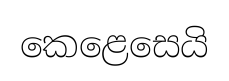
කෙළෙසෙයි